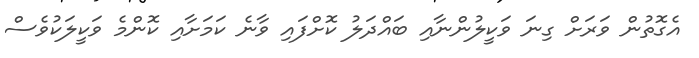
އެގޮތުން ވަރަށް ގިނަ ވަކީލުންނާއި ބައްދަލު ކޮށްފައި ވާނެ ކަމަށާއި ކޮންމެ ވަކީލަކުވެސް